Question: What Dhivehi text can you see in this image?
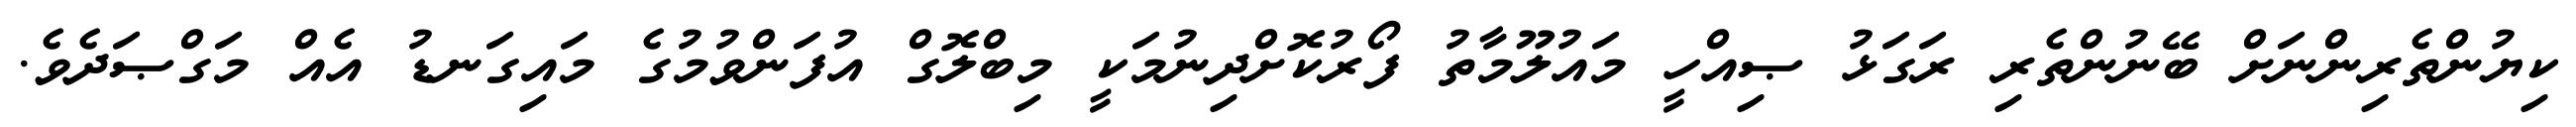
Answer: ކިޔުންތެރިންނަށް ބޭނުންތެރި ރަގަޅު ޞިއްހީ މައުލޫމާތު ފޯރުކޮށްދިނުމަކީ މިބްލޮގް އުފަންވުމުގެ މައިގަނޑު އެއް މަގްޞަދެވެ.